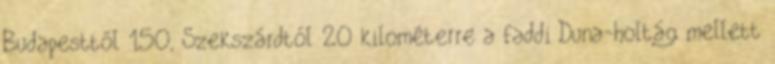
Budapesttől 150, Szekszárdtól 20 kilométerre a faddi Duna-holtág mellett